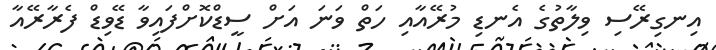
އިނގިރޭސި ވިލާތުގެ އެނޑި މުރޭއާއި ހަތް ވަނަ އަށް ސީޑްކޮށްފައިވާ ޑޭވިޑް ފެރާރޭއާ